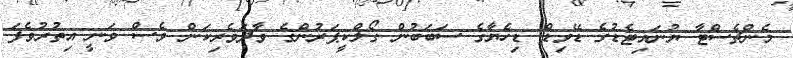
މެންޗެސްޓާ ޔުނައިޓެޑުގެ ޑޭވިޑް ޑިހެޔާގެ ސަބަބުން ގޯލްކީޕަރުންގެ ވާދަވެރިކަން ވެސް ވަނީ އިތުރުވެފަ